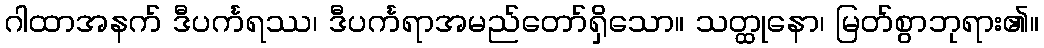
ဂါထာအနက် ဒီပင်္ကရဿ၊ ဒီပင်္ကရာအမည်တော်ရှိသော။ သတ္ထုနော၊ မြတ်စွာဘုရား၏။